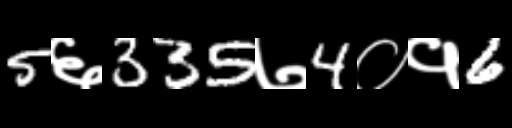
Text: 5६335७4०१6